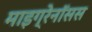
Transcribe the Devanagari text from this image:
माइग्रेनॉसस